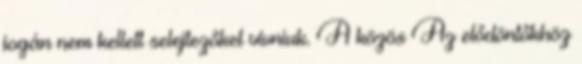
jogán nem kellett selejtezőket vívniuk. A közös Az elődöntőkhöz